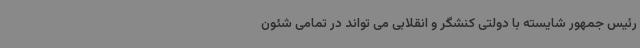
رئیس جمهور شایسته با دولتی کنشگر و انقلابی می تواند در تمامی شئون